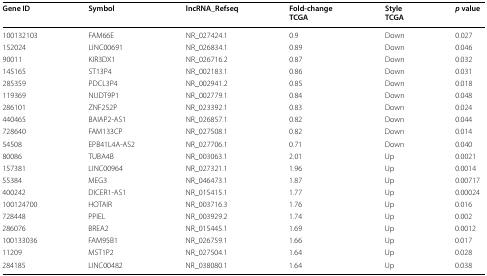
<table><thead><tr><td><b>Gene ID</b></td><td><b>Symbol</b></td><td><b>lncRNA_Refseq</b></td><td><b>Fold-changeTCGA</b></td><td><b>StyleTCGA</b></td><td><b><i>p</i> value</b></td></tr></thead><tbody><tr><td>100132103</td><td>FAM66E</td><td>NR_027424.1</td><td>0.9</td><td>Down</td><td>0.027</td></tr><tr><td>152024</td><td>LINC00691</td><td>NR_026834.1</td><td>0.89</td><td>Down</td><td>0.046</td></tr><tr><td>90011</td><td>KIR3DX1</td><td>NR_026716.2</td><td>0.87</td><td>Down</td><td>0.032</td></tr><tr><td>145165</td><td>ST13P4</td><td>NR_002183.1</td><td>0.86</td><td>Down</td><td>0.031</td></tr><tr><td>285359</td><td>PDCL3P4</td><td>NR_002941.2</td><td>0.85</td><td>Down</td><td>0.018</td></tr><tr><td>119369</td><td>NUDT9P1</td><td>NR_002779.1</td><td>0.84</td><td>Down</td><td>0.048</td></tr><tr><td>286101</td><td>ZNF252P</td><td>NR_023392.1</td><td>0.83</td><td>Down</td><td>0.024</td></tr><tr><td>440465</td><td>BAIAP2-AS1</td><td>NR_026857.1</td><td>0.82</td><td>Down</td><td>0.044</td></tr><tr><td>728640</td><td>FAM133CP</td><td>NR_027508.1</td><td>0.82</td><td>Down</td><td>0.014</td></tr><tr><td>54508</td><td>EPB41L4A-AS2</td><td>NR_027706.1</td><td>0.71</td><td>Down</td><td>0.040</td></tr><tr><td>80086</td><td>TUBA4B</td><td>NR_003063.1</td><td>2.01</td><td>Up</td><td>0.0021</td></tr><tr><td>157381</td><td>LINC00964</td><td>NR_027321.1</td><td>1.96</td><td>Up</td><td>0.0014</td></tr><tr><td>55384</td><td>MEG3</td><td>NR_046473.1</td><td>1.87</td><td>Up</td><td>0.00717</td></tr><tr><td>400242</td><td>DICER1-AS1</td><td>NR_015415.1</td><td>1.77</td><td>Up</td><td>0.00024</td></tr><tr><td>100124700</td><td>HOTAIR</td><td>NR_003716.3</td><td>1.76</td><td>Up</td><td>0.016</td></tr><tr><td>728448</td><td>PPIEL</td><td>NR_003929.2</td><td>1.74</td><td>Up</td><td>0.002</td></tr><tr><td>286076</td><td>BREA2</td><td>NR_015445.1</td><td>1.69</td><td>Up</td><td>0.0012</td></tr><tr><td>100133036</td><td>FAM95B1</td><td>NR_026759.1</td><td>1.66</td><td>Up</td><td>0.017</td></tr><tr><td>11209</td><td>MST1P2</td><td>NR_027504.1</td><td>1.64</td><td>Up</td><td>0.028</td></tr><tr><td>284185</td><td>LINC00482</td><td>NR_038080.1</td><td>1.64</td><td>Up</td><td>0.038</td></tr></tbody></table>